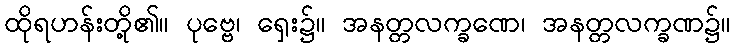
ထိုရဟန်းတို့၏။ ပုဗ္ဗေ၊ ရှေး၌။ အနတ္တလက္ခဏေ၊ အနတ္တလက္ခဏ၌။